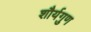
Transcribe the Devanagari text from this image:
शौर्यगुण